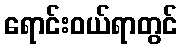
ရောင်းဝယ်ရာတွင်